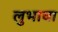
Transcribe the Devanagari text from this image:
लुभावा